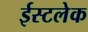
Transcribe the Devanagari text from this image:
ईस्टलेक